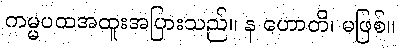
ကမ္မပထအထူးအပြားသည်။ န ဟောတိ၊ မဖြစ်။